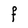
Character: F